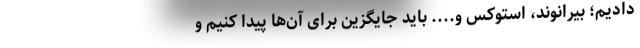
دادیم؛ بیرانوند، استوکس و.... باید جایگزین برای آن‌ها پیدا کنیم و